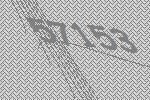
57153